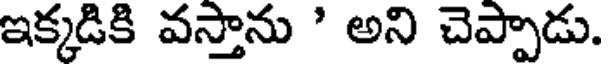
ఇక్కడికి వస్తాను ' అని చెప్పాడు.